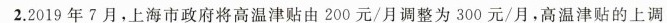
2.2019年?月，上海市政府将高温津贴由200元/月调整为300元/月，高温津贴的上调